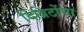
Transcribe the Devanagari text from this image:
दिब्रिटोंचा